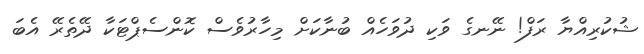
ޝުކުރިއްޔާ ރަފް! ނޭނގެ ވަކި ދުވަހެއް ބުނާކަށް މިހާރުވެސް ކޮންސެޕްޓަކާ ދޭތެރޭ އެބަ